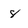
Character: 8